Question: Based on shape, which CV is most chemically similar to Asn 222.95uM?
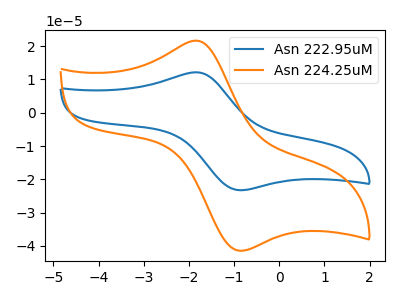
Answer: <think>The blue curve "Asn 222.95uM" has an anodic peak at (-1.85V, 12.15uA) and a cathodic peak at (-0.85V, -23.25uA). The orange curve "Asn 224.25uM" has an anodic peak at (-1.85V, 21.65uA) and a cathodic peak at (-0.85V, -41.45uA).
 All the peaks in "Asn 222.95uM" have a peak in "Asn 224.25uM" at the same potential. Every peak in "Asn 222.95uM" is lower than every peak in "Asn 224.25uM".</think>
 <answer>The CV with the most similar shape to "Asn 224.25uM" is "Asn 222.95uM".</answer>
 <eval>"Asn 222.95uM"</eval>